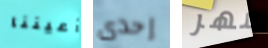
أعيننا إحدى مهر